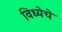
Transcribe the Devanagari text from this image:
विध्येचे